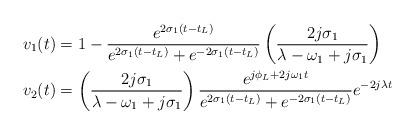
LaTeX: \begin{align*}v_1(t)&=1-\frac{e^{2\sigma_1(t-t_L)}}{e^{2\sigma_1(t-t_L)}+e^{-2\sigma_1(t-t_L)}}\left(\frac{2j\sigma_1}{\lambda-\omega_1+j\sigma_1}\right)\\v_2(t)&=\left(\frac{2j\sigma_1}{\lambda-\omega_1+j\sigma_1}\right)\frac{e^{j\phi_L+2j\omega_1 t}}{e^{2\sigma_1(t-t_L)}+e^{-2\sigma_1(t-t_L)}}e^{-2j\lambda t}\end{align*}